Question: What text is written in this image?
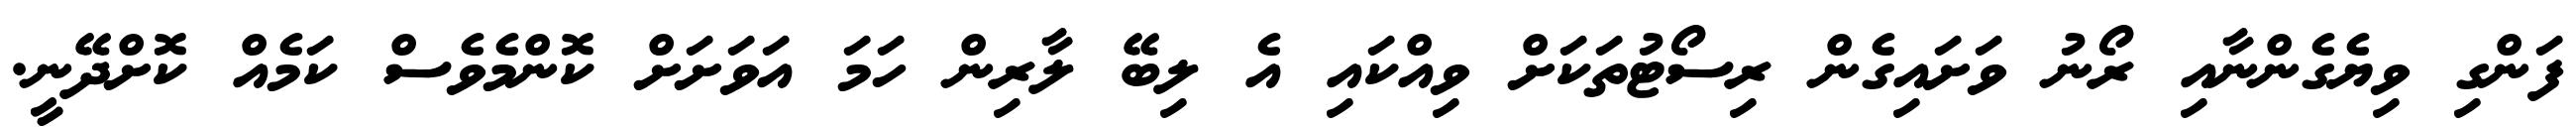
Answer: ފަންގި ވިޔެގެންނާއި ރޯނު ވަށައިގެން ރިސޯޓުތަކަށް ވިއްކައި އެ ލިބޭ ލާރިން ހަމަ އަވަށަށް ކޮންމެވެސް ކަމެއް ކޮށްދޭނީ.